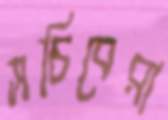
সচিবেরা